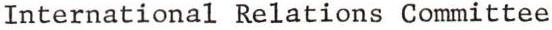
International Relations Committee